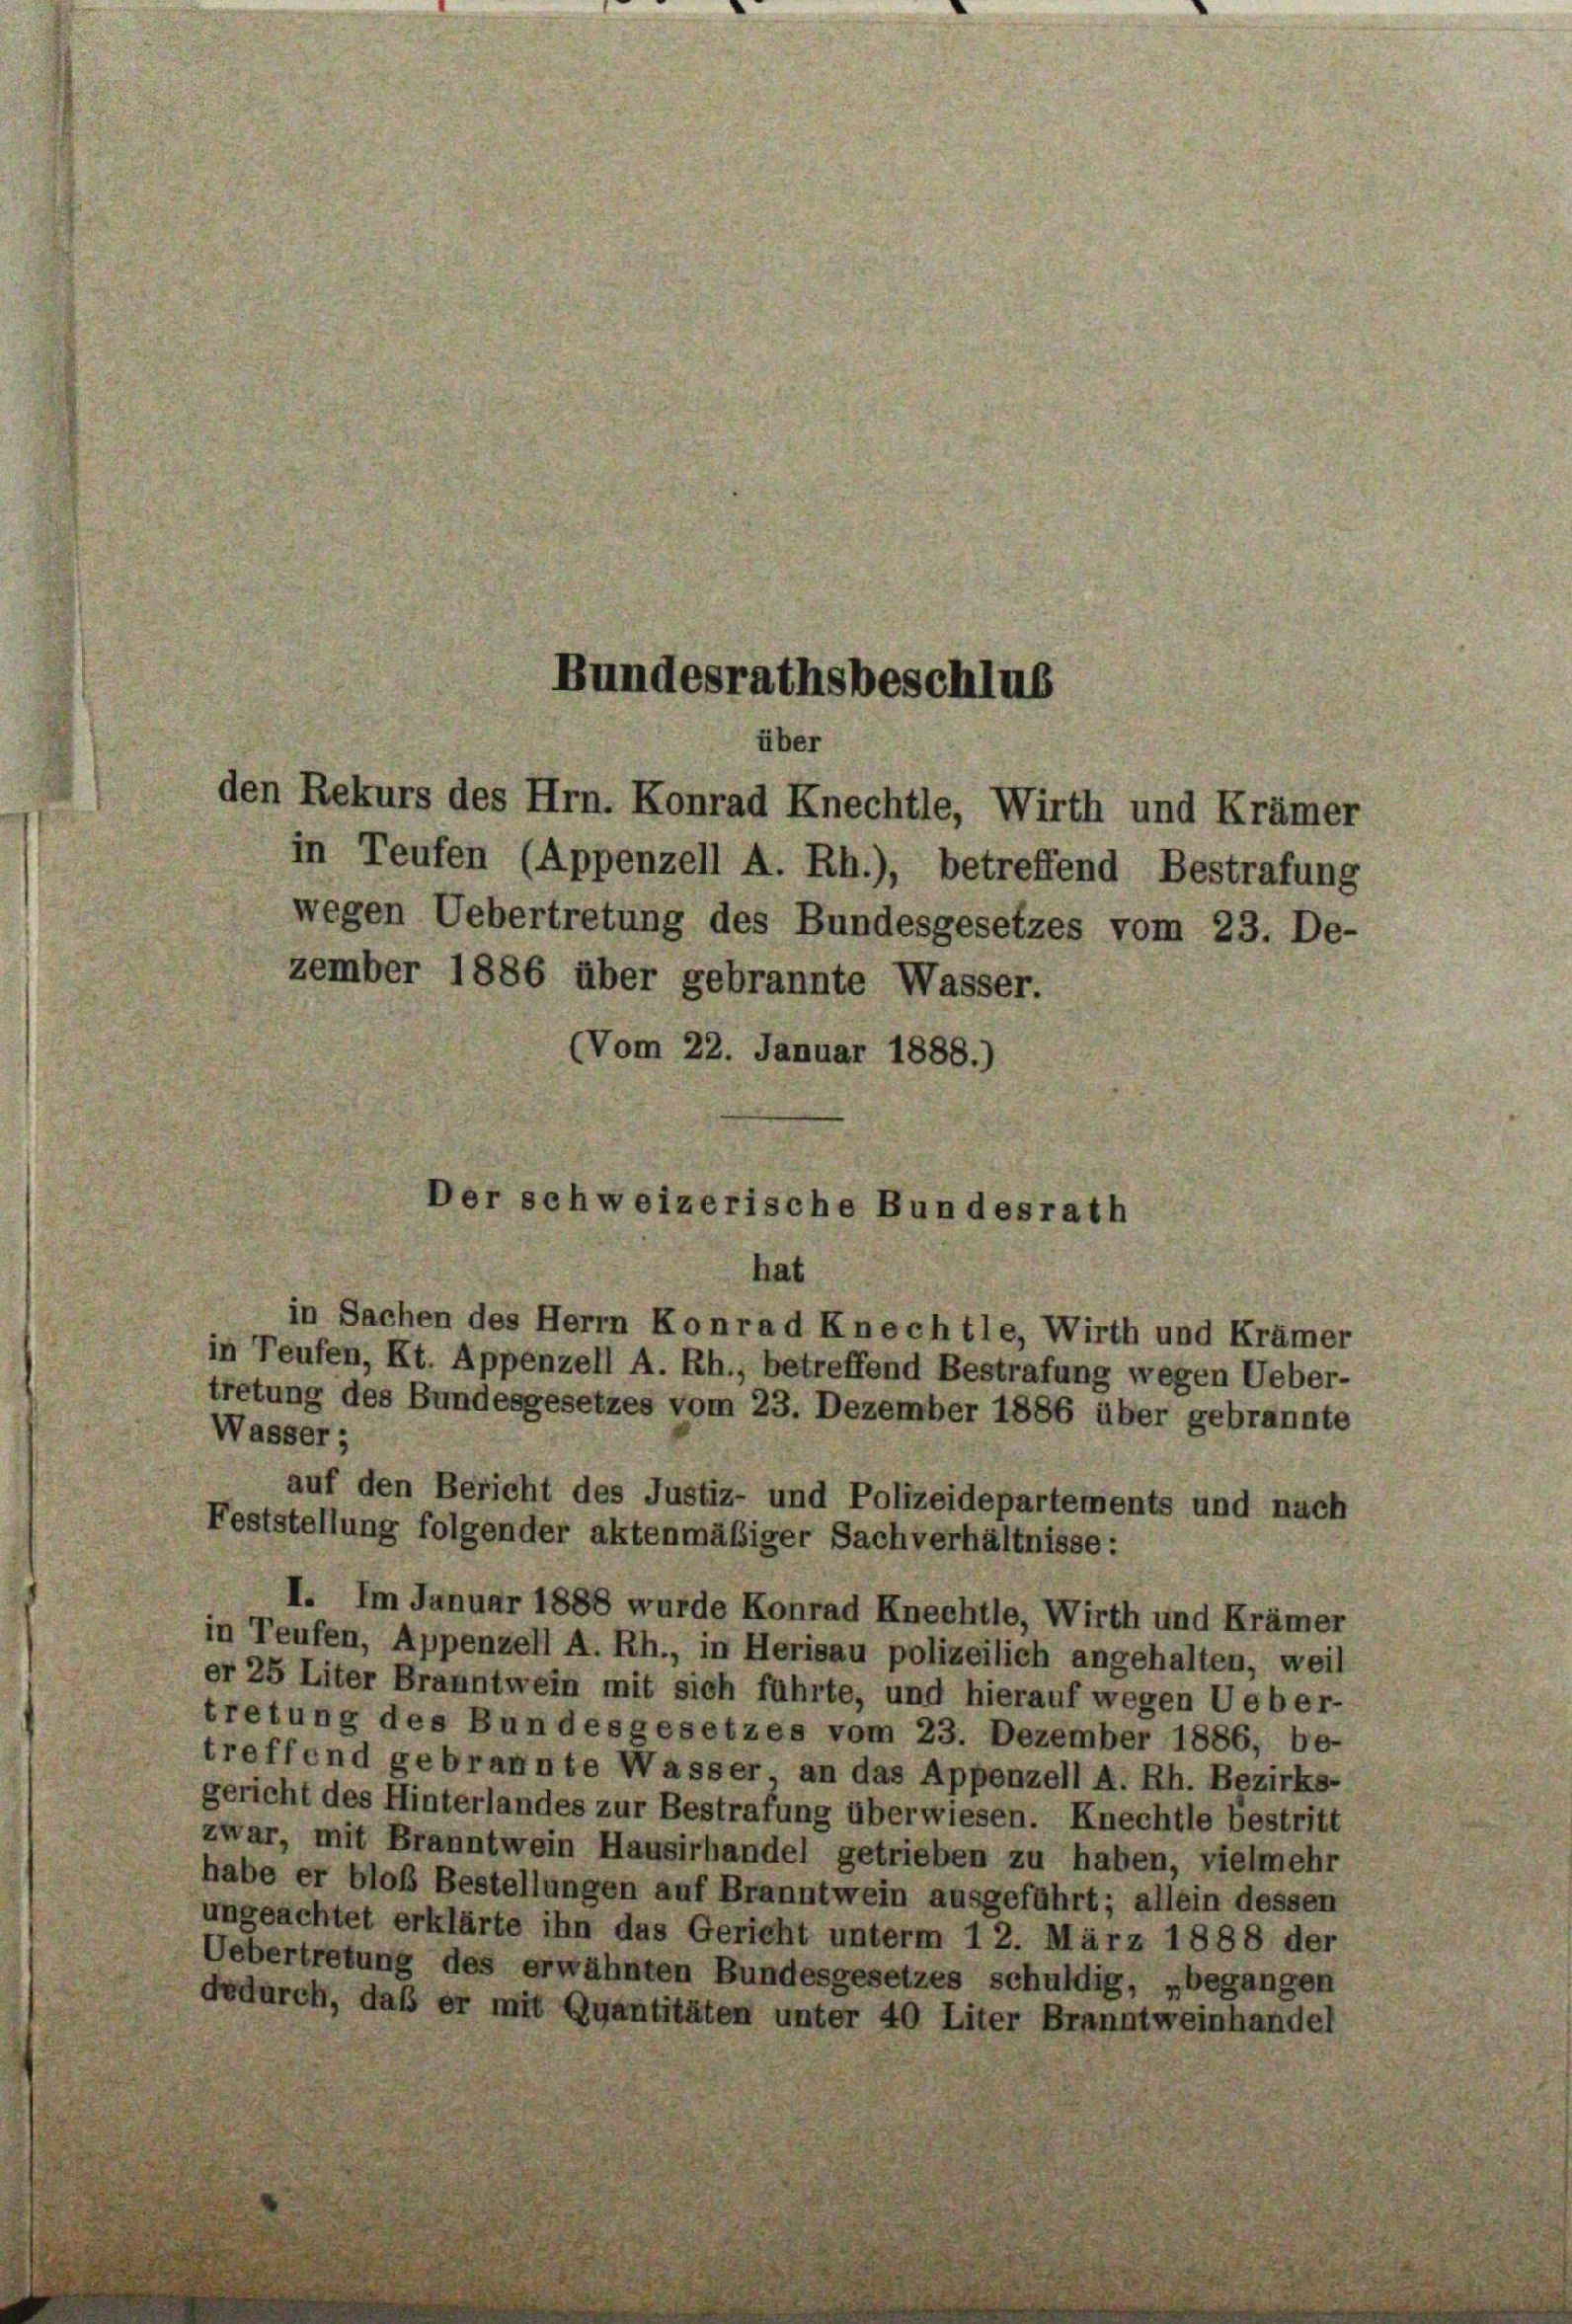
Bundesrathsbeschlus
übe
den Rekurs des Hrn. Konrad Knechtle, Wirth und Krämer

in Teufen (Appenzell A. Rh.), betreffend Bestrafung
wegen Uebertretung des Bundesgesetzes vom 23. De-
zember 1886 über gebrannte Wasser.
(Vom 22. Januar 1888.)

er schweizerische Bundesrath
hat

in Sachen des Herrn Konrad Knechtle, Wirth und Krämer
in Teufen, Kt. Appenzell A. Rh., betreffend Bestrafung wegen Ueber-
tretung des Bundesgesetzes vom 23. Dezember 1886 über gebrannte
Wasser;
auf den Bericht des Justiz- und Polizeidepartements und nach
Feststellung folgender aktenmäßiger Sachverhältnisse:
I. Im Januar 1888 wurde Konrad Knechtle, Wirth und Krämer
in Teufen, Appenzell A. Rh., in Herisau polizeilich angehalten, weil
er 25 Liter Branntwein mit sich führte, und hierauf wegen Ueber-
tretung des Bundesgesetzes vom 23. Dezember 1886, be-
treffend gebrannte Wasser, an das Appenzell A. Rh. Bezirks-
gericht des Hinterlandes zur Bestrafung überwiesen. Knechtle bestritt
zwar, mit Branntwein Hausirhandel getrieben zu haben, vielmehr
habe er bloß Bestellungen auf Branntwein ausgeführt; allein dessen
ungeachtet erklärte ihn das Gericht unterm 12. März 1888 der
Uebertretung des erwähnten Bundesgesetzes schuldig, „begangen
dodurch, daß er mit Quantitäten unter 40 Liter Branntweinhandel